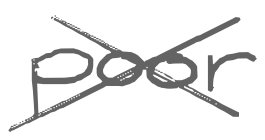
Text: poor
Cross-out: cross
Writing tool: digital_gray